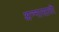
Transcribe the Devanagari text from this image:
अन्‍नासाठी